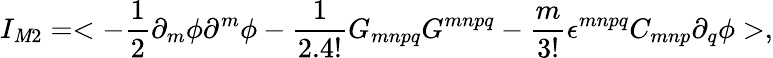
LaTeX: I_{\mathit{M}2}=<-\frac{{1}}{{2}}\partial_{m}\phi\partial^{m}\phi-\frac{{1}}{{2.4!}}G_{mnpq}G^{mnpq}-\frac{{m}}{{3!}}\epsilon^{mnpq}C_{mnp}\partial_{q}\phi>,